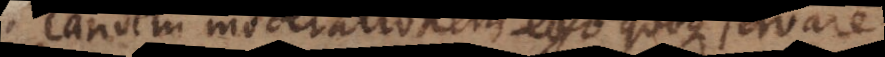
andem moderationem ego quoque servar